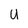
Character: U